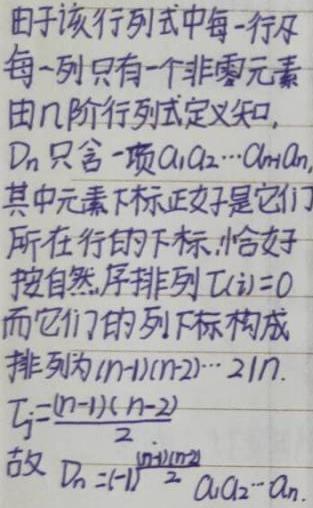
由于该行列式中每一行及每一列只有一个非零元素，由 \(n\) 阶行列式定义知，\(D_n\) 只含一项 \(a_1a_2\cdots a_{n - 1}a_n\)，其中元素下标正好是它们所在行的下标，恰好按自然序排列 \(\tau(i)=0\)，而它们的列下标构成排列为 \((n - 1)(n - 2)\cdots 21n\)，\(\tau_j=\frac{(n - 1)(n - 2)}{2}\)，故 \(D_n=(-1)^{\frac{(n - 1)(n - 2)}{2}}a_1a_2\cdots a_n\)。